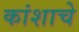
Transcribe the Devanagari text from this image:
कांशाचे